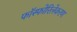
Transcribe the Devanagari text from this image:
फॉस्फोरिलेकरण